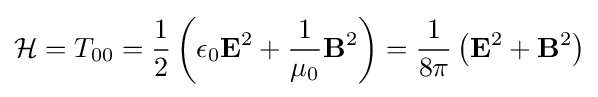
{\mathcal {H}}=T_{00}={\frac {1}{2}}\left(\epsilon _{0}\mathbf {E} ^{2}+{\frac {1}{\mu _{0}}}\mathbf {B} ^{2}\right)={\frac {1}{8\pi }}\left(\mathbf {E} ^{2}+\mathbf {B} ^{2}\right)